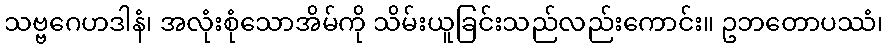
သဗ္ဗဂေဟဒါနံ၊ အလုံးစုံသောအိမ်ကို သိမ်းယူခြင်းသည်လည်းကောင်း။ ဥဘတောပဿံ၊